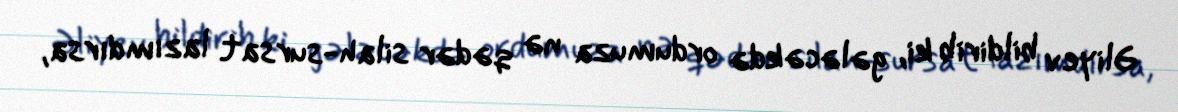
Əliyev bildirib ki, gələcəkdə ordumuza nə qədər silah-sursat lazımdırsa,